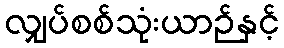
လျှပ်စစ်သုံးယာဉ်နှင့်